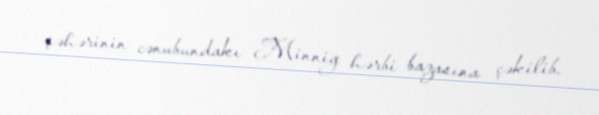
şəhərinin cənubundakı Minnig hərbi bazasına çəkilib.